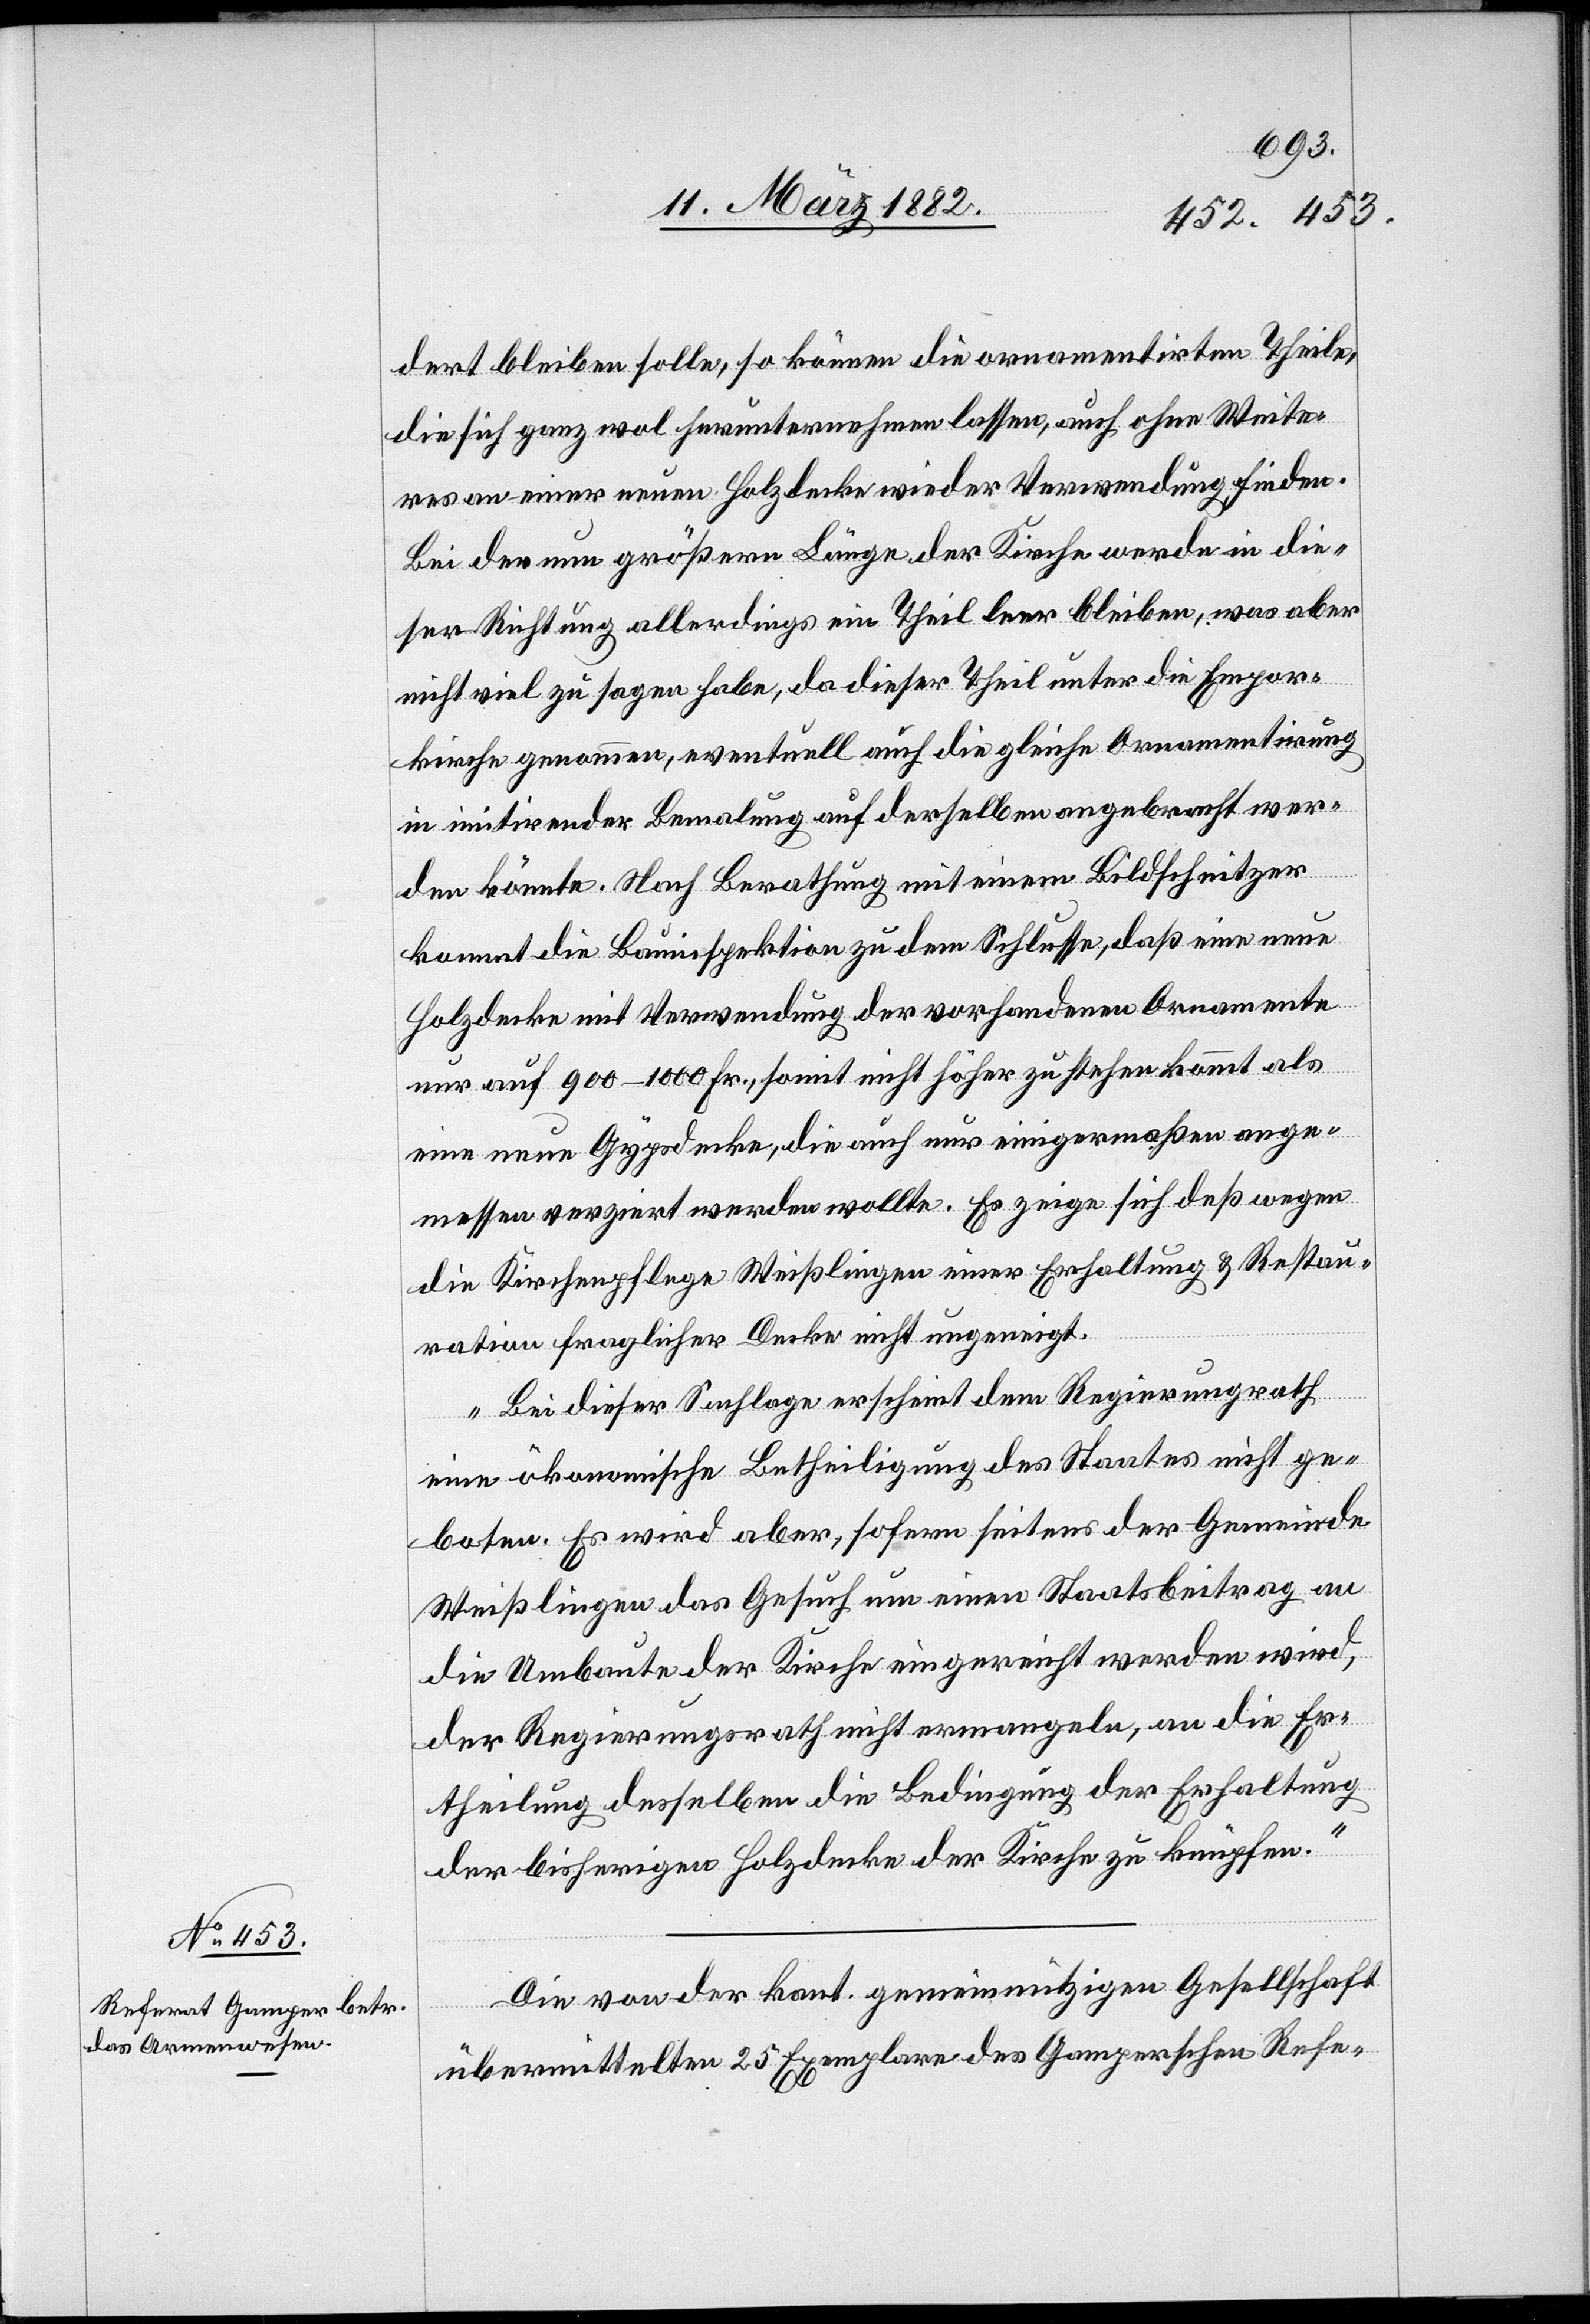
dert bleiben solle, so können die ornamentirten Theile,
die sich ganz wol herunternehmen lassen, auch ohne Weite¬
res an einer neuen Holzdecke wieder Verwendung finden.
Bei der neu größeren Länge der Kirche werde in die¬
ser Richtung allerdings ein Theil leer bleiben, was aber
nicht viel zu sagen habe, da dieser Theil unter die Empor¬
kirche genommen, eventuell auch die gleiche Ornamentierung
in imitirender Bemalung auf derselben angebracht wer¬
den könnte. Nach Berathung mit einem Bildschnitzer
kommt die Bauinspektion zu dem Schlusse, daß eine neue
Holzdecke mit Verwendung der vorhandenen Ornamente
nur auf 900–1000 Fr., somit nicht höher zustehen kommt als
eine neue Gypsdecke, die auch nur einigermaßen ange¬
messen verziert werden wollte. Es zeige sich deßwegen
die Kirchenpflege Weißlingen einer Erhaltung & Restau¬
ration fraglicher Decke nicht ungeneigt.
Bei dieser Sachlage erscheint dem Regierungsrath
eine ökonomische Betheiligung des Staates nicht ge¬
boten. Es wird aber, sofern seitens der Gemeinde
Weißlingen das Gesuch um einen Staatsbeitrag an
die Umbaute der Kirche eingereicht werden wird,
der Regierungsrath nicht ermangeln, an die Er¬
theilung desselben die Bedingung der Erhaltung
der bisherigen Holzdecke der Kirche zu knüpfen.“
Die von der kant. gemeinnützigen Gesellschaft
übermittelten 25 Exemplare des Gamperschen Refe-